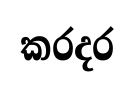
කරදර